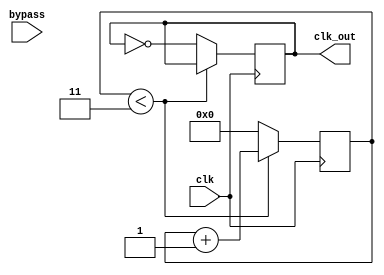
module clockDivider(

	input 		clk,
	input    	bypass,
	output	clk_out
);

parameter maxCount = 4'd4;

reg [3:0] counter = 4'd0;

reg q = 1'b0;


always @(posedge clk) begin
	
	if(counter < 4'd3)
		counter <= counter + 4'd1;
		
	else begin
		counter <= 4'd0;
		q <= ~q;
		end
end

assign clk_out = q;

endmodule